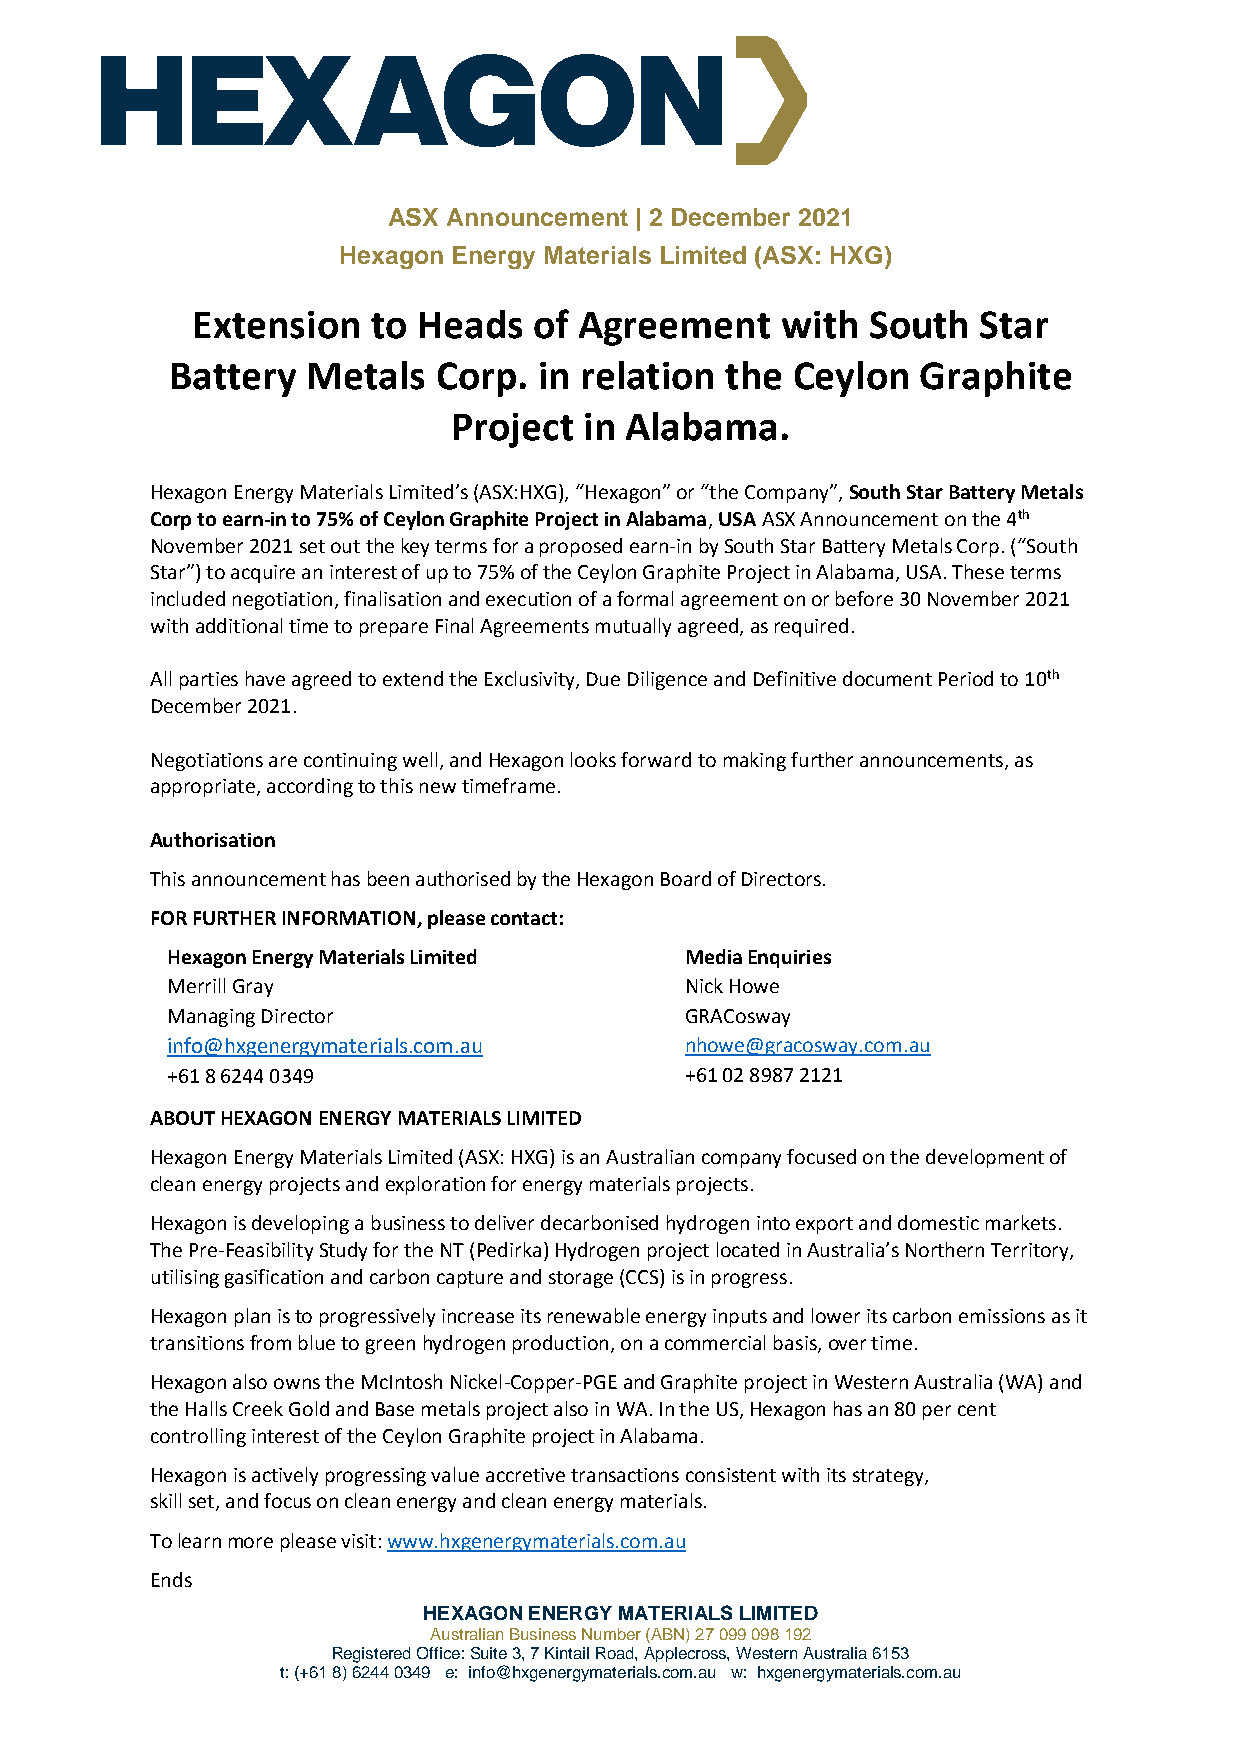
ASX Announcement | 2 December 2021
 Hexagon Energy Materials Limited (ASX: HXG)
 Extension   to Heads  of Agreement     with South   Star
 Battery  Metals   Corp.  in relation the Ceylon   Graphite
 Project  in Alabama.
 Hexagon Energy Materials Limited’s (ASX:HXG), “Hexagon” or “the Company”, South Star Battery Metals
 Corp to earn-in to 75% of Ceylon Graphite Project in Alabama, USA ASX Announcement on the 4th
 November 2021 set out the key terms for a proposed earn-in by South Star Battery Metals Corp. (“South
 Star”) to acquire an interest of up to 75% of the Ceylon Graphite Project in Alabama, USA. These terms
 included negotiation, finalisation and execution of a formal agreement on or before 30 November 2021
 with additional time to prepare Final Agreements mutually agreed, as required.
 All parties have agreed to extend the Exclusivity, Due Diligence and Definitive document Period to 10th
 December 2021.
 Negotiations are continuing well, and Hexagon looks forward to making further announcements, as
 appropriate, according to this new timeframe.
 Authorisation
 This announcement has been authorised by the Hexagon Board of Directors.
 FOR FURTHER INFORMATION, please contact:
 Hexagon Energy Materials Limited  Media Enquiries
 Merrill Gray                      Nick Howe
 Managing Director                 GRACosway
 info@hxgenergymaterials.com.au    nhowe@gracosway.com.au
 +61 8 6244 0349                   +61 02 8987 2121
 ABOUT HEXAGON ENERGY MATERIALS LIMITED
 Hexagon Energy Materials Limited (ASX: HXG) is an Australian company focused on the development of
 clean energy projects and exploration for energy materials projects.
 Hexagon is developing a business to deliver decarbonised hydrogen into export and domestic markets.
 The Pre-Feasibility Study for the NT (Pedirka) Hydrogen project located in Australia’s Northern Territory,
 utilising gasification and carbon capture and storage (CCS) is in progress.
 Hexagon plan is to progressively increase its renewable energy inputs and lower its carbon emissions as it
 transitions from blue to green hydrogen production, on a commercial basis, over time.
 Hexagon also owns the McIntosh Nickel-Copper-PGE and Graphite project in Western Australia (WA) and
 the Halls Creek Gold and Base metals project also in WA. In the US, Hexagon has an 80 per cent
 controlling interest of the Ceylon Graphite project in Alabama.
 Hexagon is actively progressing value accretive transactions consistent with its strategy,
 skill set, and focus on clean energy and clean energy materials.
 To learn more please visit: www.hxgenergymaterials.com.au
 Ends
 HEXAGON ENERGY MATERIALS LIMITED
 Australian Business Number (ABN) 27 099 098 192
 Registered Office: Suite 3, 7 Kintail Road, Applecross, Western Australia 6153
 t: (+61 8) 6244 0349 e: info@hxgenergymaterials.com.au w: hxgenergymaterials.com.au